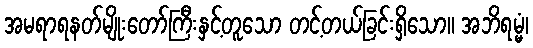
အမရာရနတ်မျိုးတော်ကြီးနှင့်တူသော တင့်တယ်ခြင်းရှိသော။ အဘိရမ္မံ၊